画像に写った文字を読んでください
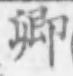
「卿」と書いてあります